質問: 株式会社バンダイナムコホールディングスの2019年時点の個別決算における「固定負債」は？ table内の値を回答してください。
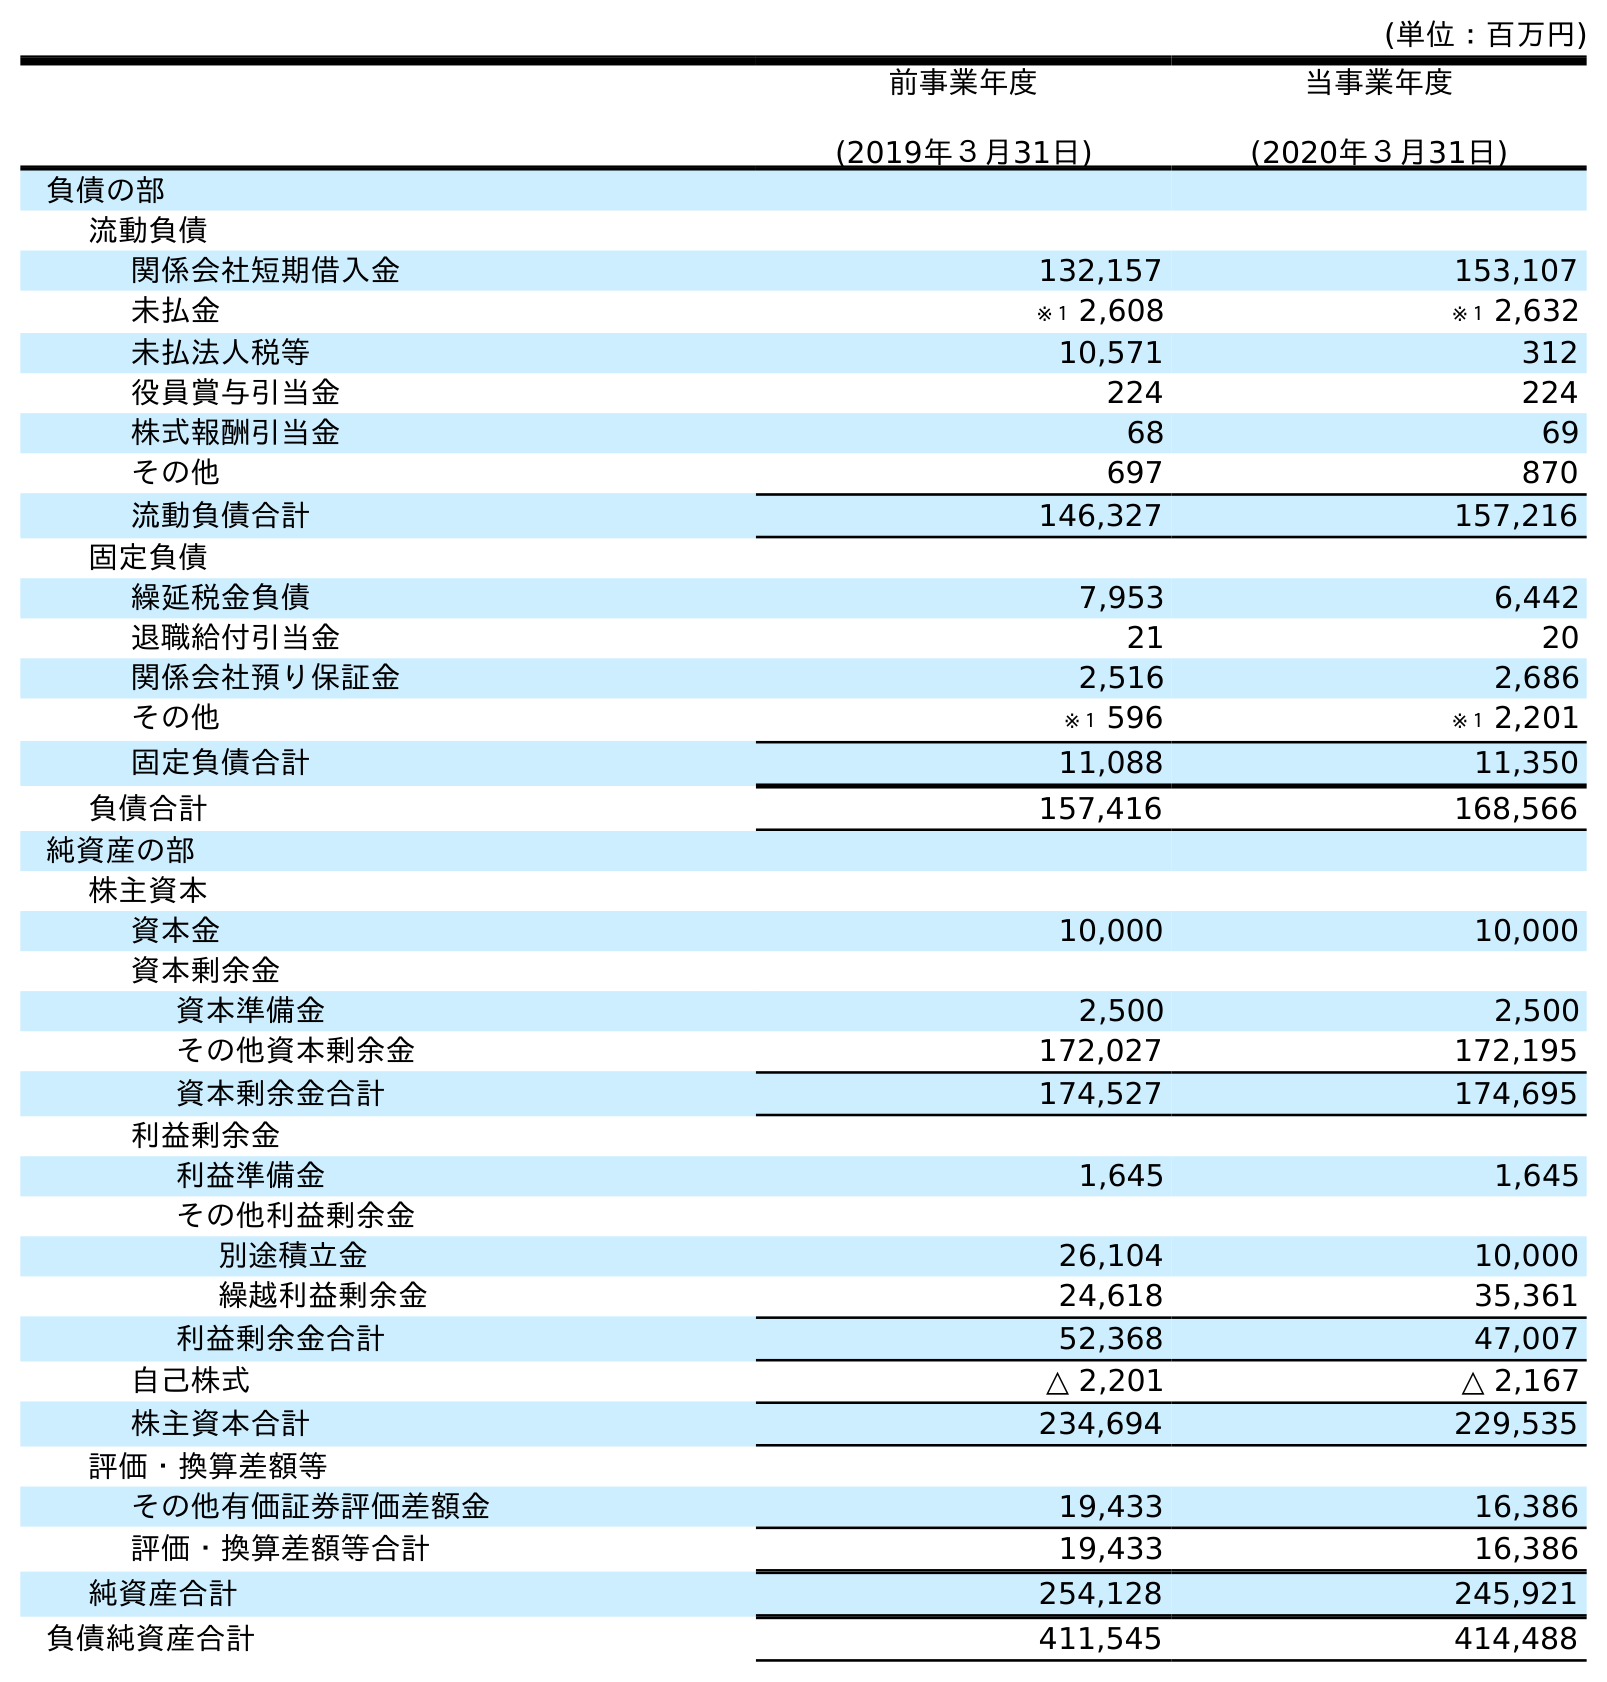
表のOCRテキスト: (単位：百万円) 前事業年度 (2019年３月31日) 当事業年度 (2020年３月31日) 負債の部 流動負債 関係会社短期借入金 132,157 153,107 未払金 ※１ 2,608 ※１ 2,632 未払法人税等 10,571 312 役員賞与引当金 224 224 株式報酬引当金 68 69 その他 697 870 流動負債合計 146,327 157,216 固定負債 繰延税金負債 7,953 6,442 退職給付引当金 21 20 関係会社預り保証金 2,516 2,686 その他 ※１ 596 ※１ 2,201 固定負債合計 11,088 11,350 負債合計 157,416 168,566 純資産の部 株主資本 資本金 10,000 10,000 資本剰余金 資本準備金 2,500 2,500 その他資本剰余金 172,027 172,195 資本剰余金合計 174,527 174,695 利益剰余金 利益準備金 1,645 1,645 その他利益剰余金 別途積立金 26,104 10,000 繰越利益剰余金 24,618 35,361 利益剰余金合計 52,368 47,007 自己株式 △ 2,201 △ 2,167 株主資本合計 234,694 229,535 評価・換算差額等 その他有価証券評価差額金 19,433 16,386 評価・換算差額等合計 19,433 16,386 純資産合計 254,128 245,921 負債純資産合計 411,545 414,488
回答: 11,088